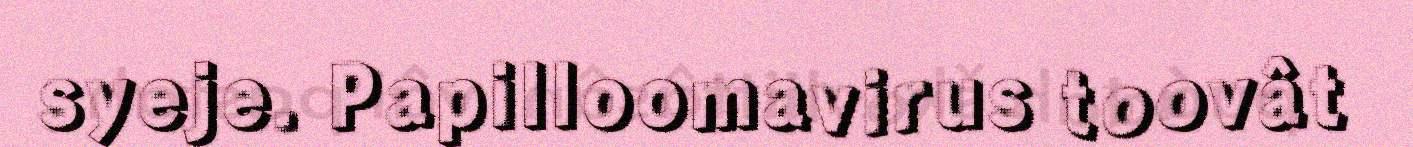
syeje. Papilloomavirus toovât